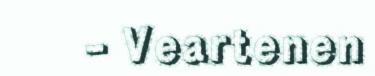
- Veartenen